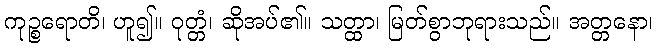
ကုဉ္စရောတိ၊ ဟူ၍။ ဝုတ္တံ၊ ဆိုအပ်၏။ သတ္ထာ၊ မြတ်စွာဘုရားသည်။ အတ္တနော၊